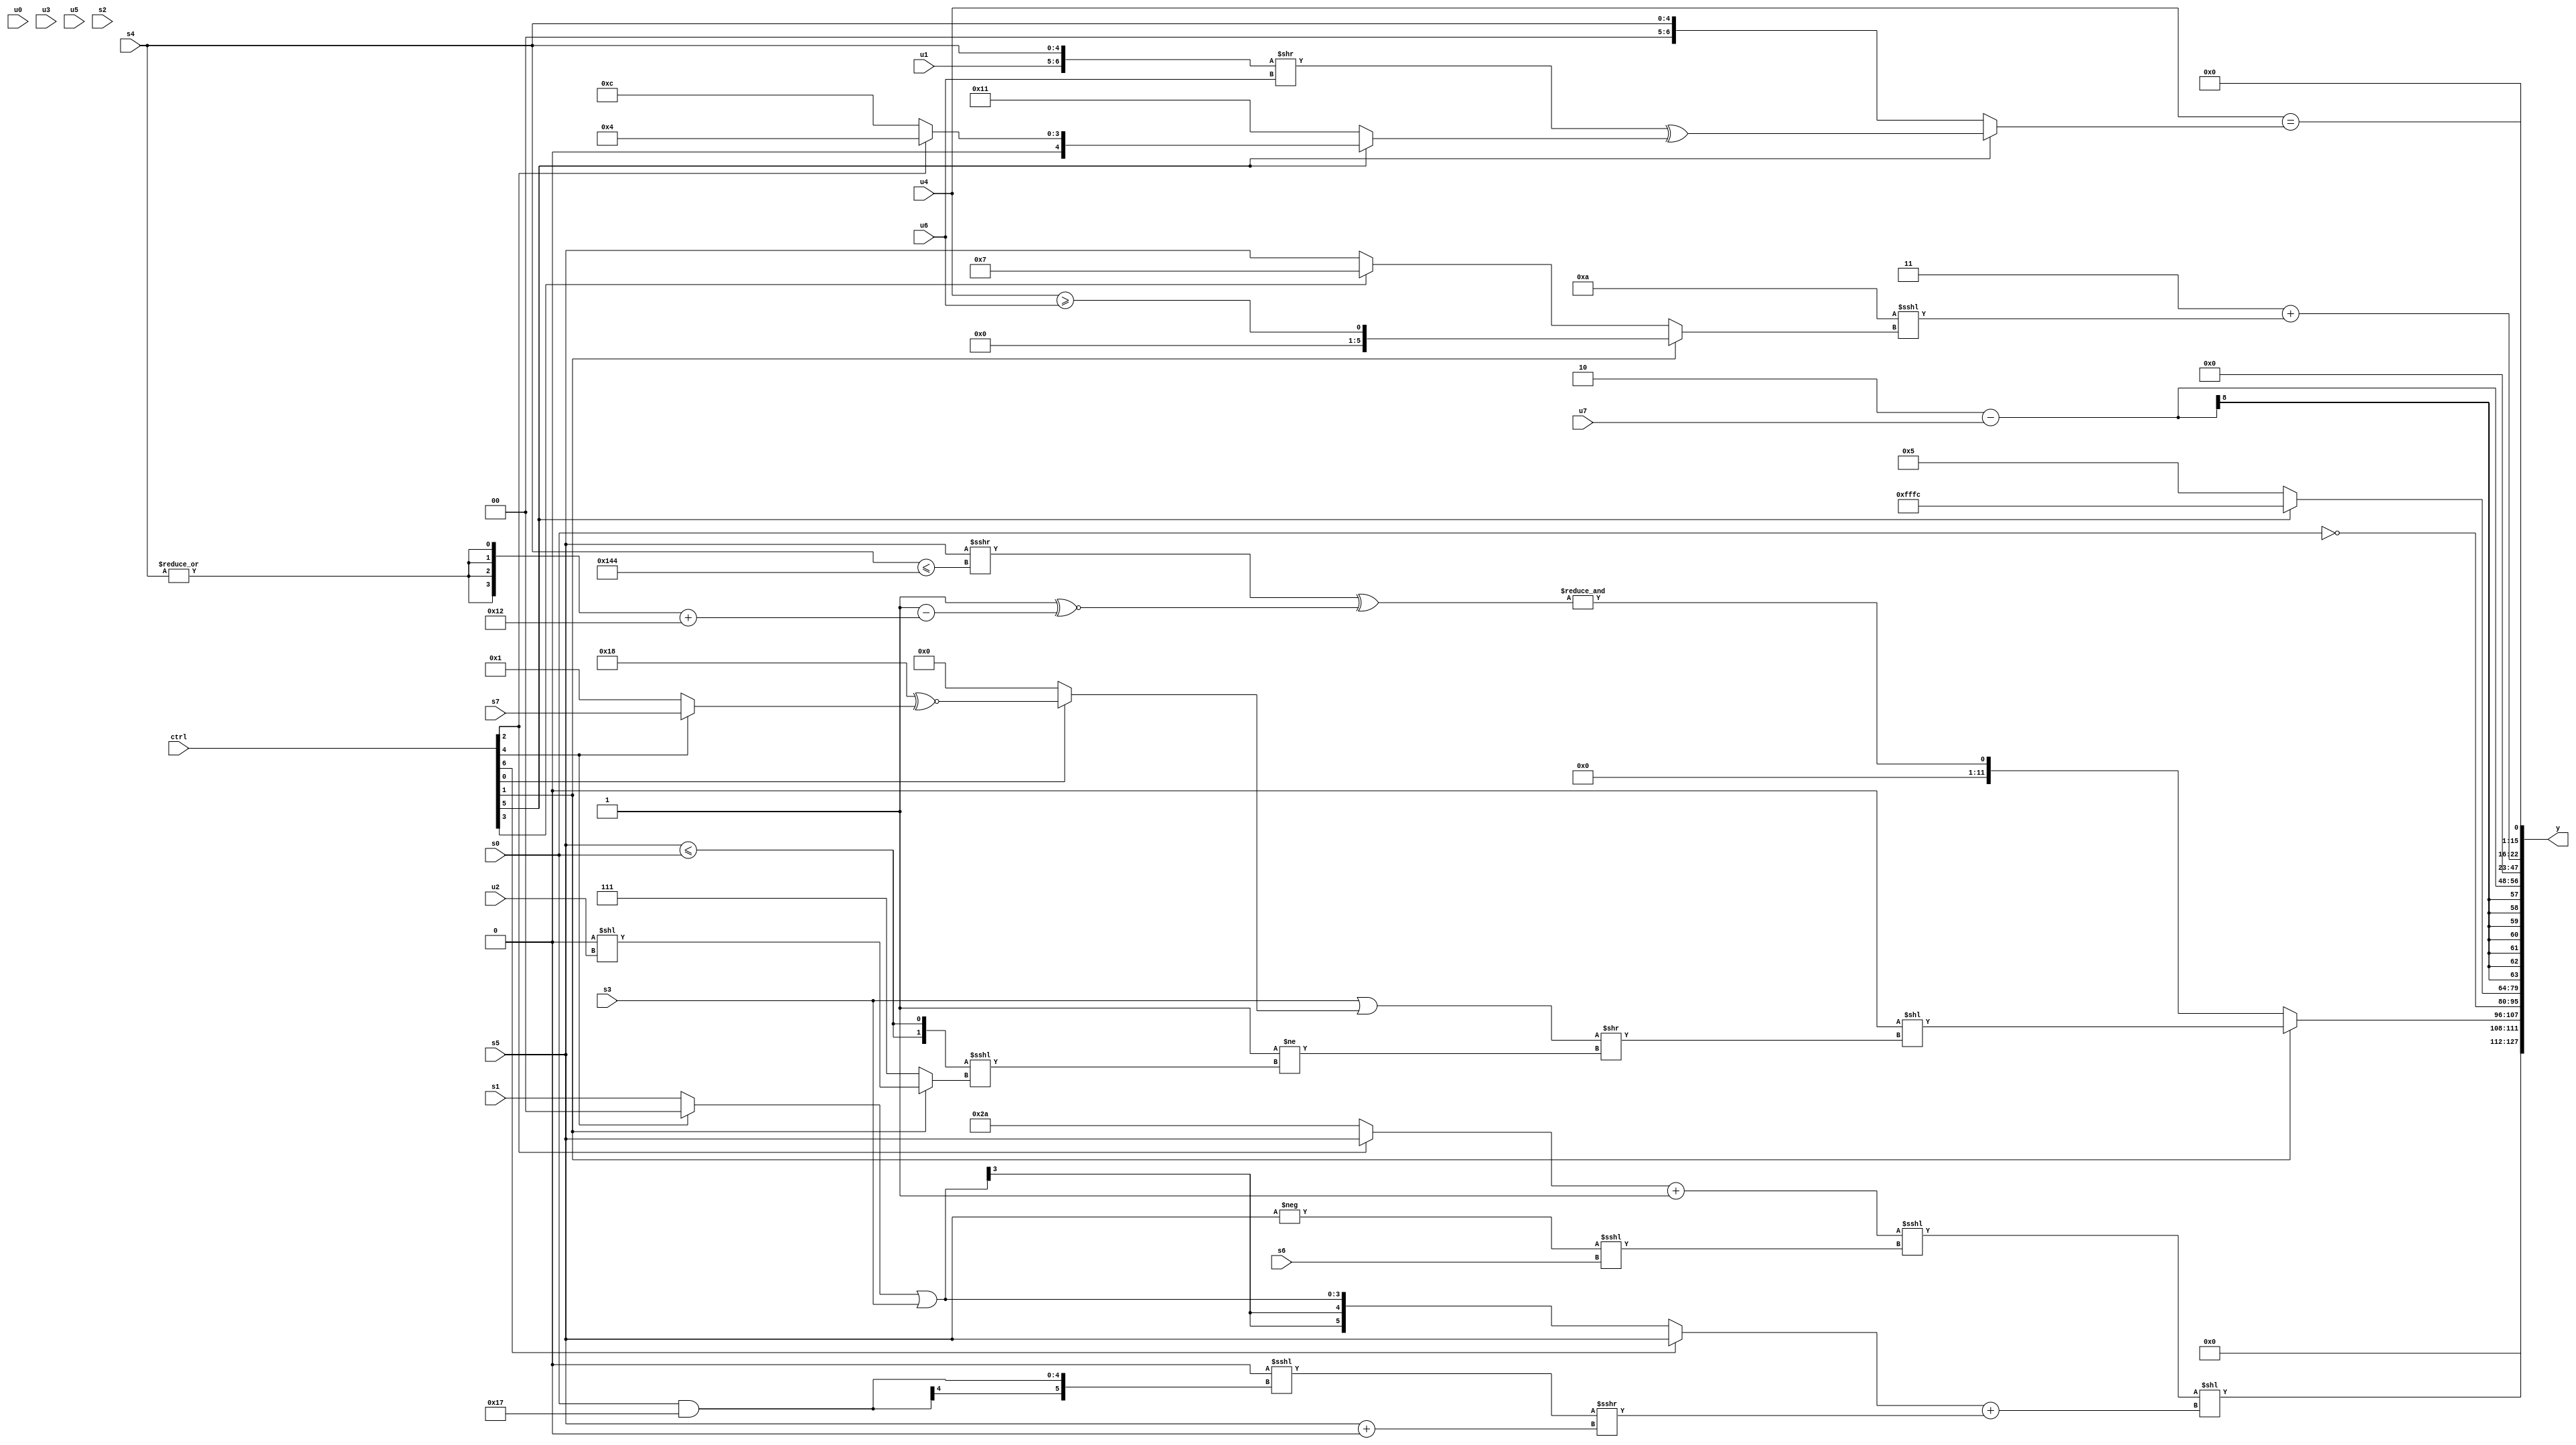
module wideexpr_00424(ctrl, u0, u1, u2, u3, u4, u5, u6, u7, s0, s1, s2, s3, s4, s5, s6, s7, y);
  input [7:0] ctrl;
  input [0:0] u0;
  input [1:0] u1;
  input [2:0] u2;
  input [3:0] u3;
  input [4:0] u4;
  input [5:0] u5;
  input [6:0] u6;
  input [7:0] u7;
  input signed [0:0] s0;
  input signed [1:0] s1;
  input signed [2:0] s2;
  input signed [3:0] s3;
  input signed [4:0] s4;
  input signed [5:0] s5;
  input signed [6:0] s6;
  input signed [7:0] s7;
  output [127:0] y;
  wire [15:0] y0;
  wire [15:0] y1;
  wire [15:0] y2;
  wire [15:0] y3;
  wire [15:0] y4;
  wire [15:0] y5;
  wire [15:0] y6;
  wire [15:0] y7;
  assign y = {y0,y1,y2,y3,y4,y5,y6,y7};
  assign y0 = ((((ctrl[2]?s5:6'sb101010))+(+(1'sb1)))<<<((-(s5))<<<(s6)))<<(((ctrl[6]?s5:((ctrl[4]?1'sb0:s1))|($signed(s3))))+(((-(2'sb00))<<<((s0)&(6'sb110111)))>>>(($unsigned(s5))+(3'b000))));
  assign y1 = (ctrl[1]?$signed(+(($signed({3{(((ctrl[5]?1'sb0:2'sb11))^($signed(s3)))>>(6'b101111)}}))<<(((s3)|((ctrl[0]?((5'sb01100)<<<(2'b01))^~((ctrl[4]?s7:2'sb01)):$signed((s4)<<<(6'sb100000)))))>>(((4'sb0011)<=({1{6'sb001111}}))!=(({2{(s5)<=(s0)}})<<<((ctrl[1]?(3'sb000)<<(u2):1'sb1))))))):+(&(($unsigned((s5)>>>((s4)<=($signed({4'sb1010,5'b00100})))))^((~^(1'sb0))^~(($unsigned(+({1{5'sb00001}})))-(({4{|(s4)}})+(5'sb10010)))))));
  assign y2 = +(+(~((s0)>>(-($signed(+((4'b1001)&(2'sb01))))))));
  assign y3 = (ctrl[5]?+(3'sb100):4'sb0101);
  assign y4 = (3'sb010)-(+(+(u7)));
  assign y5 = 1'sb0;
  assign y6 = (2'sb11)+($unsigned(($signed(6'sb001010))<<<((ctrl[1]?(u4)>=(u6):(ctrl[3]?3'sb111:s5)))));
  assign y7 = (u4)==((ctrl[5]?$signed((({u1,s4})>>(u6))^((ctrl[5]?$signed((ctrl[2]?4'sb0100:4'sb1100)):5'b10001))):s4));
endmodule